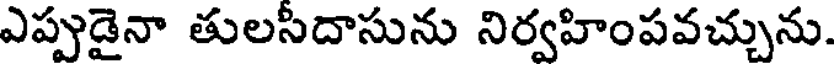
ఎప్పుడైనా తులసిదాసును నిర్వహింపవచ్చును.